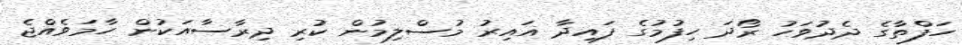
ހަފްތާގެ ދެދުވަހު ރޯދަ ހިފުމުގެ ފައިދާ ޣައިރު މުސްލިމުން ކުރި ދިރާސާއަކުން ހާމަވެއްޖެ